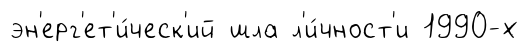
эн'ерг'ет'и́ческ'ий шла л'и́чност'и 1990-х